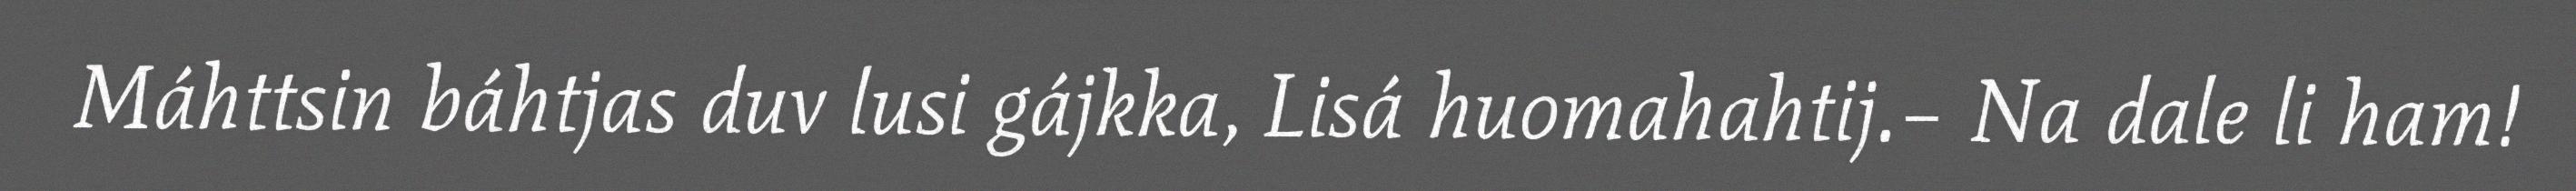
Máhttsin báhtjas duv lusi gájkka, Lisá huomahahtij.– Na dale li ham!